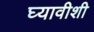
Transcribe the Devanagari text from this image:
घ्यावीशी